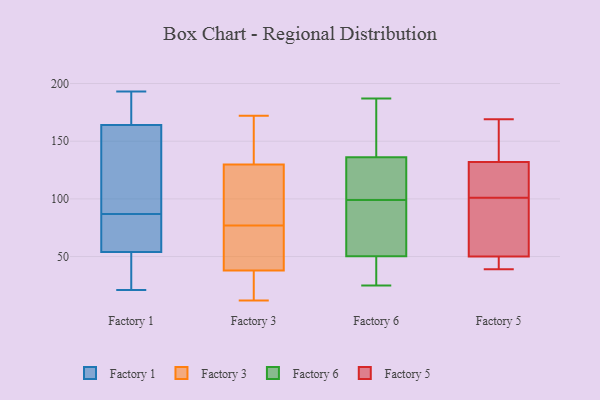
{"axis": {"x": "Website Visitors", "y": "Value"}, "legend": ["Factory 1", "Factory 3", "Factory 5", "Factory 6"], "data": [{"x": "", "y": 70, "type": "Factory 1"}, {"x": "", "y": 21, "type": "Factory 1"}, {"x": "", "y": 74, "type": "Factory 1"}, {"x": "", "y": 193, "type": "Factory 1"}, {"x": "", "y": 84, "type": "Factory 1"}, {"x": "", "y": 143, "type": "Factory 1"}, {"x": "", "y": 164, "type": "Factory 1"}, {"x": "", "y": 45, "type": "Factory 1"}, {"x": "", "y": 176, "type": "Factory 1"}, {"x": "", "y": 34, "type": "Factory 1"}, {"x": "", "y": 90, "type": "Factory 1"}, {"x": "", "y": 129, "type": "Factory 1"}, {"x": "", "y": 54, "type": "Factory 1"}, {"x": "", "y": 188, "type": "Factory 1"}, {"x": "", "y": 41, "type": "Factory 3"}, {"x": "", "y": 73, "type": "Factory 3"}, {"x": "", "y": 95, "type": "Factory 3"}, {"x": "", "y": 130, "type": "Factory 3"}, {"x": "", "y": 21, "type": "Factory 3"}, {"x": "", "y": 77, "type": "Factory 3"}, {"x": "", "y": 123, "type": "Factory 3"}, {"x": "", "y": 12, "type": "Factory 3"}, {"x": "", "y": 64, "type": "Factory 3"}, {"x": "", "y": 12, "type": "Factory 3"}, {"x": "", "y": 37, "type": "Factory 3"}, {"x": "", "y": 172, "type": "Factory 3"}, {"x": "", "y": 81, "type": "Factory 3"}, {"x": "", "y": 140, "type": "Factory 3"}, {"x": "", "y": 129, "type": "Factory 3"}, {"x": "", "y": 72, "type": "Factory 3"}, {"x": "", "y": 167, "type": "Factory 3"}, {"x": "", "y": 139, "type": "Factory 3"}, {"x": "", "y": 16, "type": "Factory 3"}, {"x": "", "y": 126, "type": "Factory 6"}, {"x": "", "y": 70, "type": "Factory 6"}, {"x": "", "y": 54, "type": "Factory 6"}, {"x": "", "y": 39, "type": "Factory 6"}, {"x": "", "y": 148, "type": "Factory 6"}, {"x": "", "y": 29, "type": "Factory 6"}, {"x": "", "y": 170, "type": "Factory 6"}, {"x": "", "y": 187, "type": "Factory 6"}, {"x": "", "y": 132, "type": "Factory 6"}, {"x": "", "y": 118, "type": "Factory 6"}, {"x": "", "y": 25, "type": "Factory 6"}, {"x": "", "y": 99, "type": "Factory 6"}, {"x": "", "y": 68, "type": "Factory 6"}, {"x": "", "y": 49, "type": "Factory 5"}, {"x": "", "y": 50, "type": "Factory 5"}, {"x": "", "y": 101, "type": "Factory 5"}, {"x": "", "y": 109, "type": "Factory 5"}, {"x": "", "y": 44, "type": "Factory 5"}, {"x": "", "y": 169, "type": "Factory 5"}, {"x": "", "y": 167, "type": "Factory 5"}, {"x": "", "y": 67, "type": "Factory 5"}, {"x": "", "y": 66, "type": "Factory 5"}, {"x": "", "y": 39, "type": "Factory 5"}, {"x": "", "y": 101, "type": "Factory 5"}, {"x": "", "y": 160, "type": "Factory 5"}, {"x": "", "y": 132, "type": "Factory 5"}, {"x": "", "y": 101, "type": "Factory 5"}]}